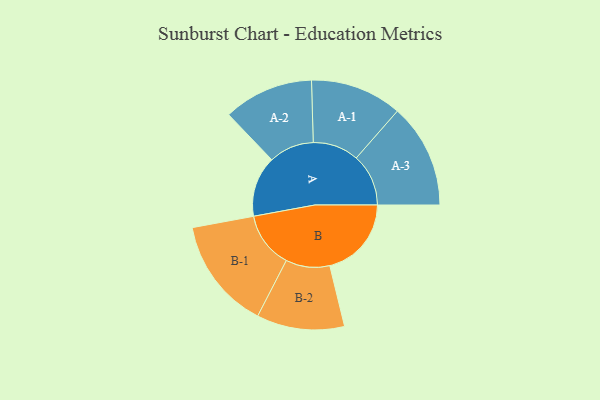
{"axis": {"x": "Segment", "y": "Value"}, "legend": ["", "A", "B"], "data": [{"x": "A", "y": 307, "type": ""}, {"x": "B", "y": 413, "type": ""}, {"x": "A-1", "y": 232, "type": "A"}, {"x": "A-2", "y": 228, "type": "A"}, {"x": "A-3", "y": 264, "type": "A"}, {"x": "B-1", "y": 283, "type": "B"}, {"x": "B-2", "y": 222, "type": "B"}]}